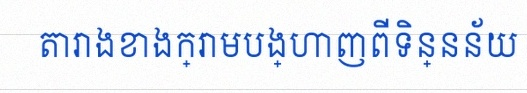
តារាងខាងក្រោមបង្ហាញពីទិន្នន័យ